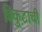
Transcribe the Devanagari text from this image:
त्रिकुटाची